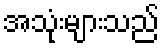
အသုံးများသည်